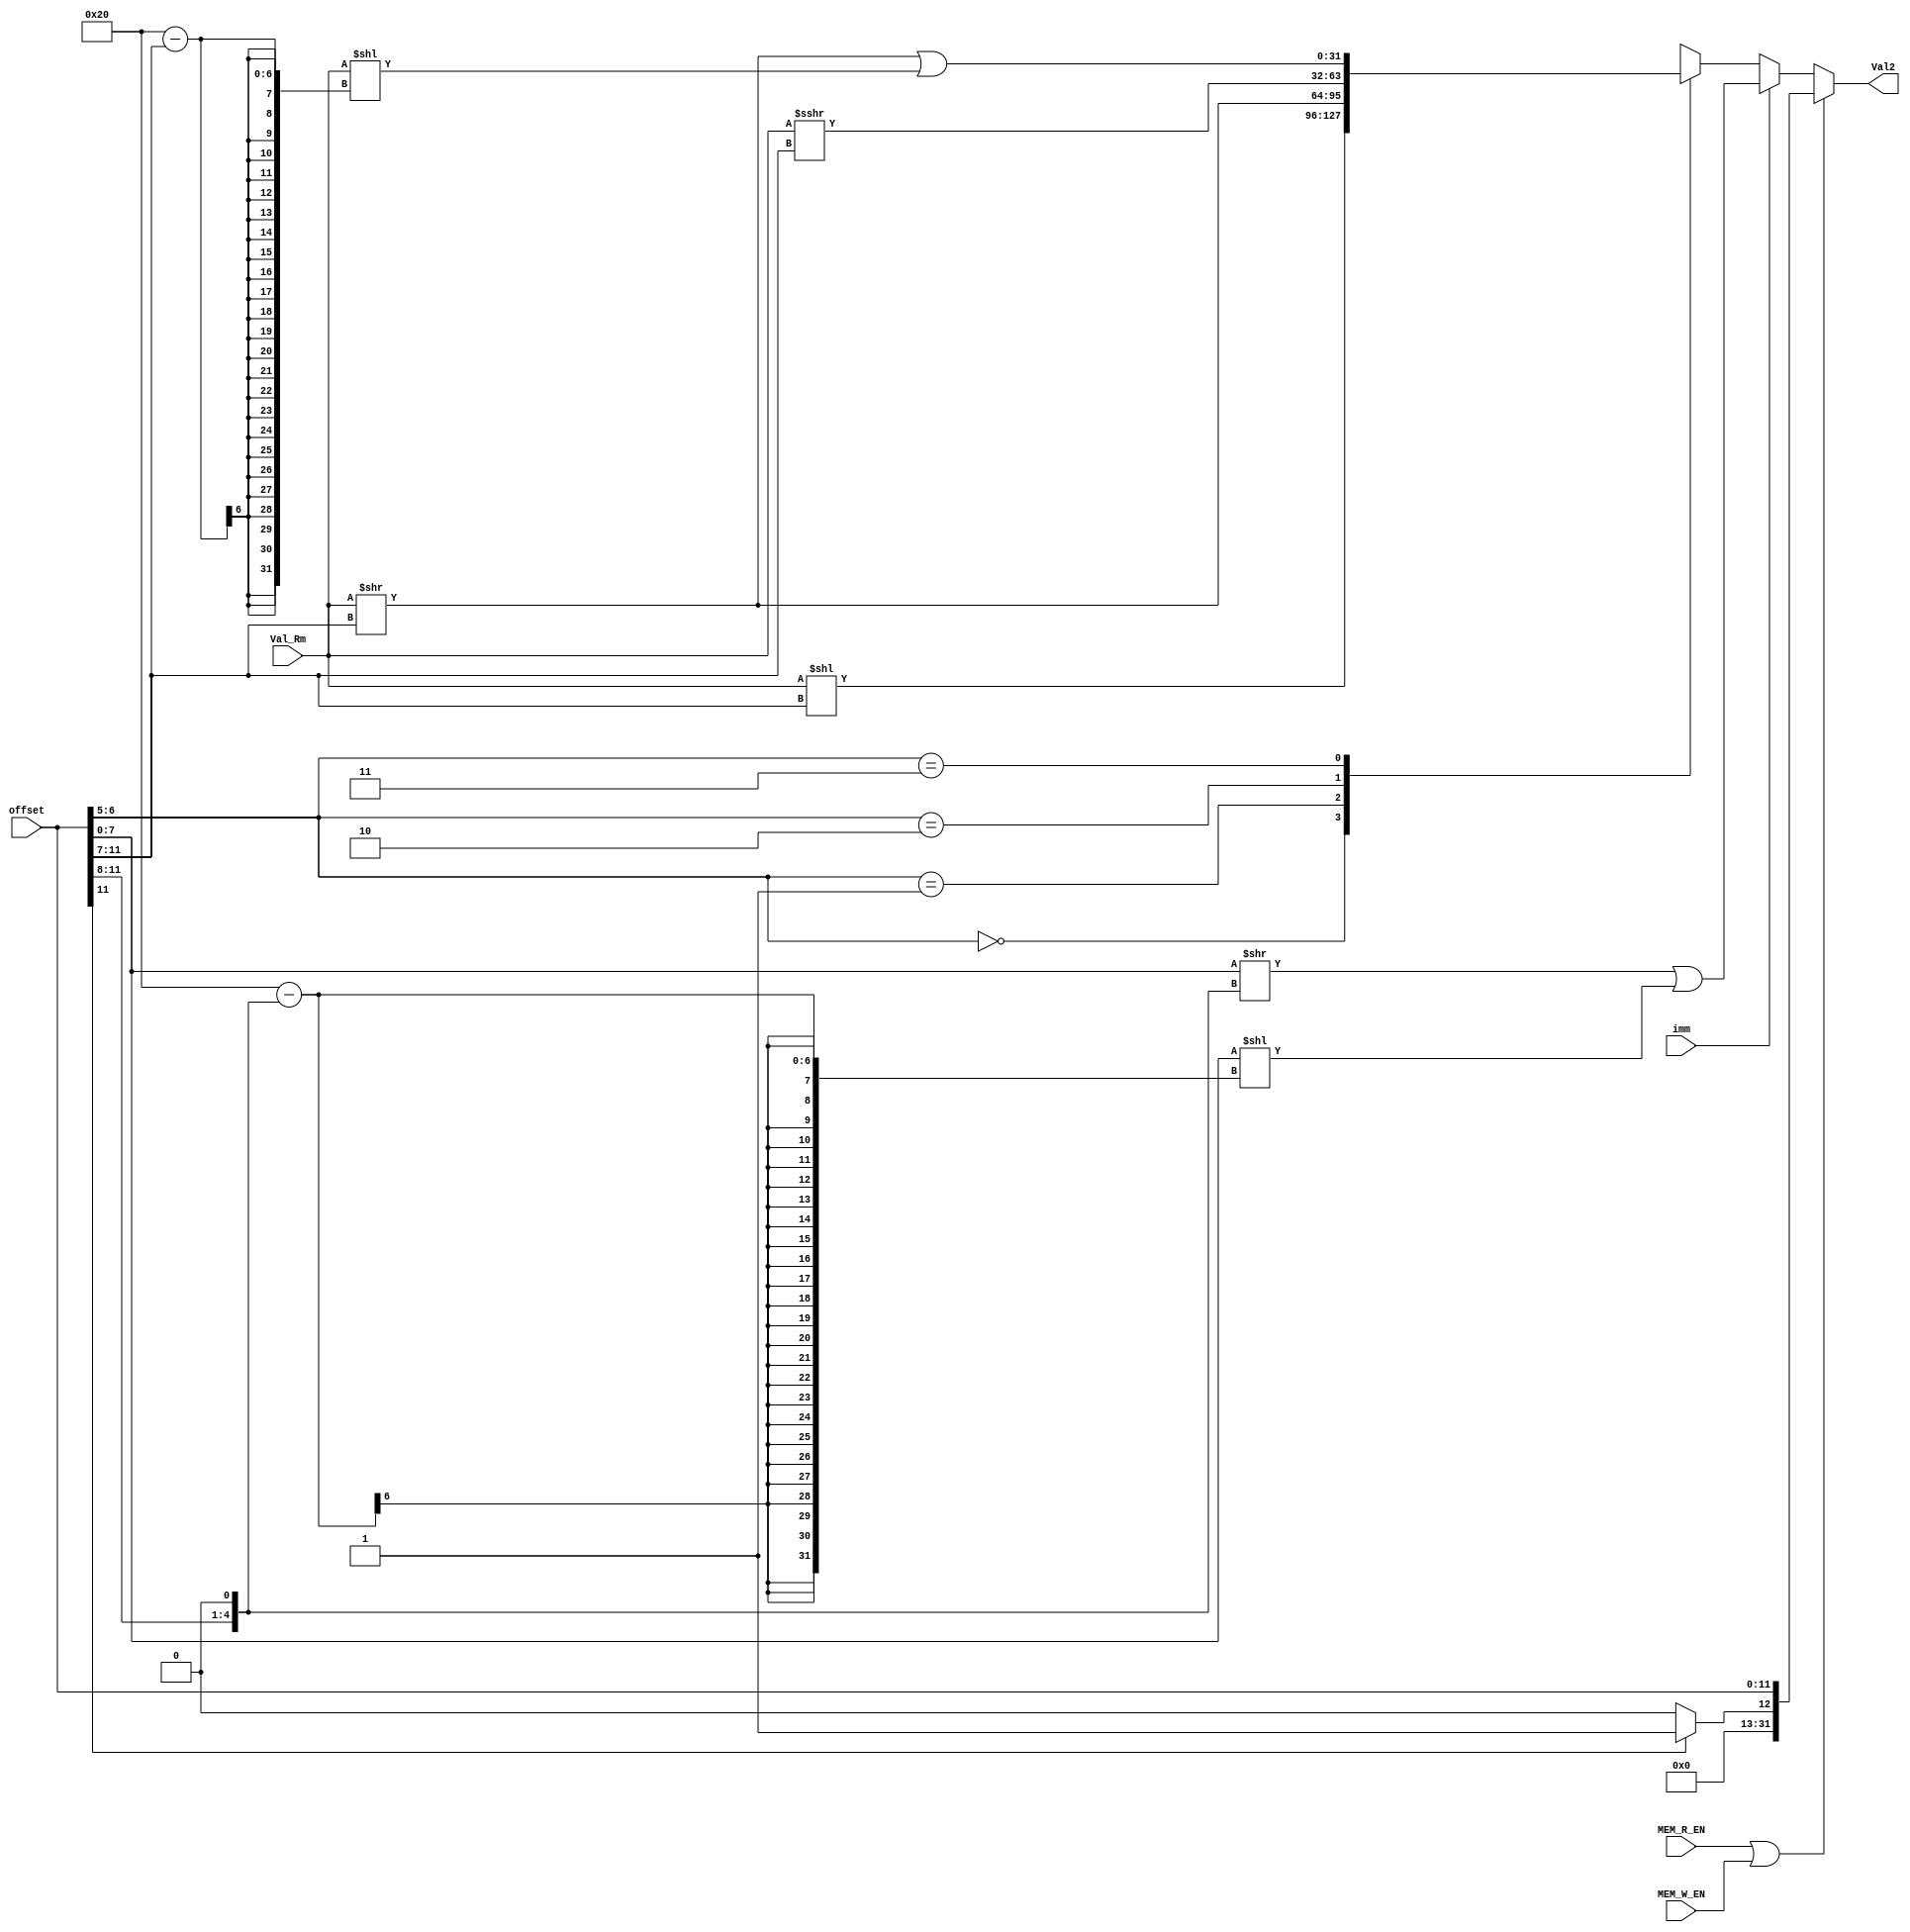
module Val2_Generator #(
    parameter DATA_LEN = 32
) (
    input  wire           [11 : 0]                       offset,
    input  wire                                          imm,
    input  wire signed    [DATA_LEN - 1 : 0]             Val_Rm,
    input  wire                                          MEM_R_EN, MEM_W_EN,
    output reg            [DATA_LEN - 1 : 0]             Val2
    
);

    wire [DATA_LEN - 1 : 0] Shift_in;
    assign Shift_in = {24'b0, offset[7 : 0]};
    wire [4 : 0] bits_to_rotate;
    assign bits_to_rotate = {offset[11 : 8], 1'b0};

    always @(*) begin
        if(MEM_R_EN | MEM_W_EN) begin
            Val2 = {((offset[11]) ? 20'b1 : 20'b0), offset};
        end
        else if(imm) begin

            Val2 = Shift_in >> bits_to_rotate | Shift_in << (32 - bits_to_rotate);

        end
        else begin
            begin
                Val2 = 'b0;
            end
            case (offset[6 : 5])
                2'b00: Val2 = Val_Rm << offset[11 : 7];
                2'b01: Val2 = Val_Rm >> offset[11 : 7];
                2'b10: Val2 = Val_Rm >>> offset[11 : 7];
                2'b11: Val2 = Val_Rm >> offset[11 : 7] | Val_Rm << (32 - offset[11 : 7]);
                default: Val2 = 'b0;
            endcase
        end

    end
    
endmodule